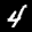
Label: 4